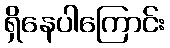
ရှိနေပါကြောင်း